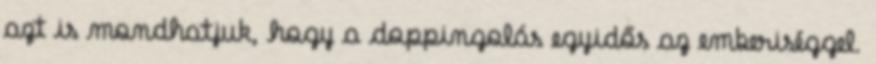
azt is mondhatjuk, hogy a doppingolás egyidős az emberiséggel.